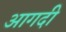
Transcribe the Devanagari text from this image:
आगदी